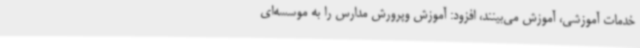
خدمات آموزشی، آموزش می‌بینند، افزود: آموزش وپرورش مدارس را به موسسه‌ای